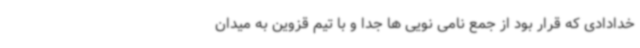
خدادادی که قرار بود از جمع نامی نویی ها جدا و با تیم قزوین به میدان